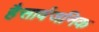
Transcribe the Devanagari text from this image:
हैसार्वजनिक